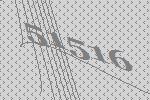
51516